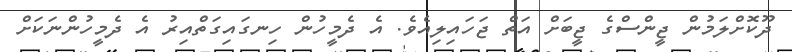
ދޫކޮށްލަމުން ޖީންސްގެ ޖީބަށް އަތް ޖަހައިލިއެވެ. އެ ދެމީހުން ހިނގައިގަތްއިރު އެ ދެމީހުންނަކަށް